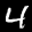
Label: 4